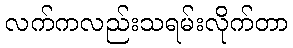
လက်ကလည်းသရမ်းလိုက်တာ